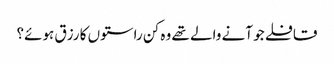
قافلے جو آنے والے تھے وہ کن راستوں کا رزق ہوئے؟